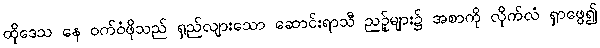
ထိုဒေသ နေ ဝက်ဝံဖိုသည် ရှည်လျားသော ဆောင်းရာသီ ညဉ့်များ၌ အစာကို လိုက်လံ ရှာဖွေ၍